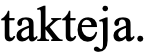
takteja.